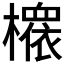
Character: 𱤪